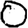
Digit: 0